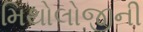
મિથોલોજીની